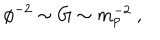
\phi ^ { - 2 } \sim G \sim m _ { p } ^ { - 2 } ~ ,